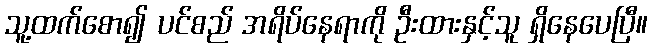
သူ့ထက်စော၍ ပင်စည် အရိပ်နေရာကို ဦးထားနှင့်သူ ရှိနေပေပြီ။